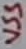
Text: VSS